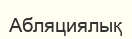
Абляциялық